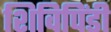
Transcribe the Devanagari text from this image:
शिविपिंडी